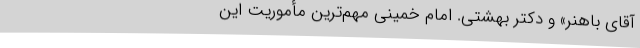
آقای‌ باهنر» و دکتر بهشتی‌. امام‌ خمینی ‌مهم‌ترین‌ مأموریت‌ این‌